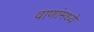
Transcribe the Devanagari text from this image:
वाणांमध्ये